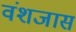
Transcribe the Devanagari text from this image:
वंशजास